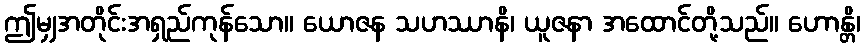
ဤမျှအတိုင်းအရှည်ကုန်သော။ ယောဇန သဟဿာနိ၊ ယူဇနာ အထောင်တို့သည်။ ဟောန္တိ၊